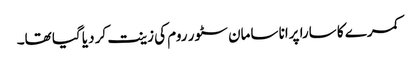
کمرے کا سارا پرانا سامان سٹور روم کی زینت کر دیا گیا تھا۔